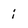
Character: i